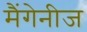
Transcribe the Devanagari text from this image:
मैंगेनीज